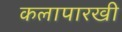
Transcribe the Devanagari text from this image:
कलापारखी